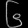
Digit: ၆